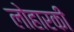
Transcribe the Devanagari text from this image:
लोहारकी